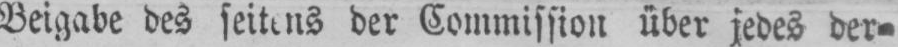
Beigabe des seitens der Commission über jedes der⸗